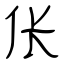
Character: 伥